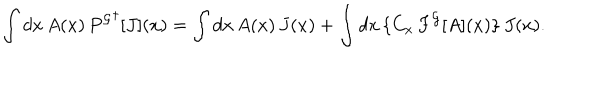
\int d x \, A ( x ) \, { P ^ { \cal G } } ^ { \dagger } [ J ] ( x ) = \int d x \, A ( x ) \, J ( x ) + \int d x \, \{ C _ { x } \, F ^ { \cal G } [ A ] ( x ) \} \, J ( x ) .